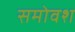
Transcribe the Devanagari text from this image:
समोवश